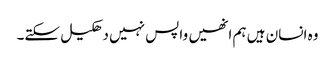
وہ انسان ہیں ہم انھیں واپس نہیں دھکیل سکتے۔